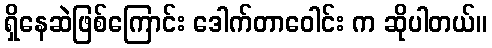
ရှိနေဆဲဖြစ်ကြောင်း ဒေါက်တာဝေါင်း က ဆိုပါတယ်။